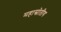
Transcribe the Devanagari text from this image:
महास्रोतीय